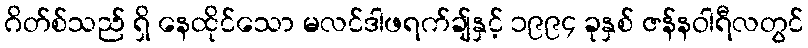
ဂိတ်စ်သည် ရှိ နေထိုင်သော မလင်ဒါဖရက်ချ်နှင့် ၁၉၉၄ ခုနှစ် ဇန်နဝါရီလတွင်